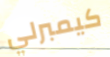
كيمبرلي